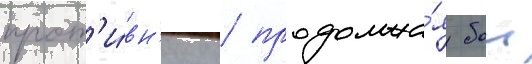
прот'и́вн'ику / продолжа́я бои